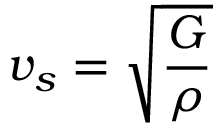
v _ { s } = { \sqrt { \frac { G } { \rho } } }